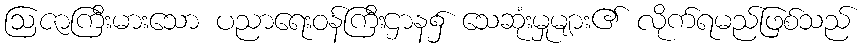
ဩဇာကြီးမားသော ပညာရေးဝန်ကြီးဌာန၌ သေဆုံးမှုများ၏ လိုက်ရမည်ဖြစ်သည်